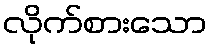
လိုက်စားသော